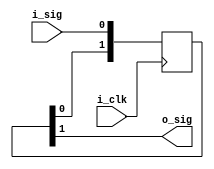
module two_flop_cdc(
		input wire i_clk,
		input wire i_sig,
		output wire o_sig
);

  reg [1:0] cdc;

  always @(posedge i_clk) begin
    cdc[0] <= i_sig;
    cdc[1] <= cdc[0];
  end

  assign o_sig = cdc[1];

endmodule